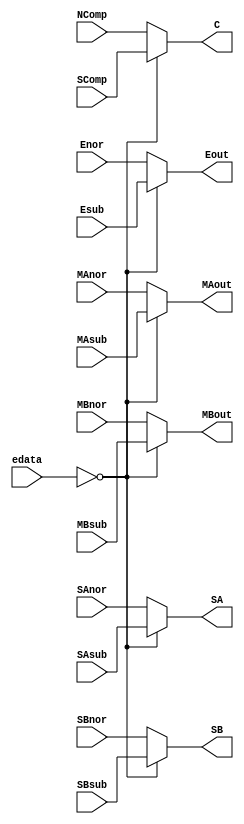
module mux_adder
(
input SAsub,
input SBsub,
input SComp,
input [7:0] Esub,
input [27:0] MAsub,
input [27:0] MBsub,
input SAnor,
input SBnor,
input NComp,
input [7:0] Enor,
input [27:0] MAnor,
input [27:0] MBnor,
input [1:0] edata,
output SA,
output SB,
output C,
output [7:0] Eout,
output [27:0] MAout,
output [27:0] MBout
);

assign SA = edata == 2'b00 ? SAsub : SAnor;
assign SB = edata == 2'b00 ? SBsub : SBnor;
assign C = edata == 2'b00 ? SComp : NComp;
assign Eout = edata == 2'b00 ? Esub : Enor;
assign MAout = edata == 2'b00 ? MAsub : MAnor;
assign MBout = edata == 2'b00 ? MBsub : MBnor;

endmodule